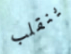
ينقلب